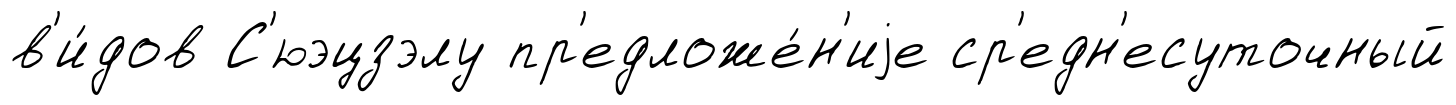
в'и́дов С'юэцзэлу пр'едложе́н'иjе ср'едн'есуточный